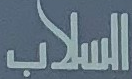
السلاب